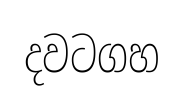
දවටගහ